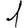
Digit: 1